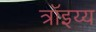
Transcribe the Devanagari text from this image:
त्रॉइय्य